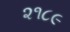
૨૧૮૯